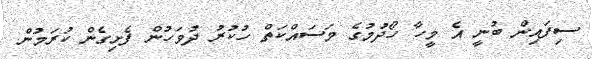
ސިފައިން ބުނީ އެ މީހާ ހޯދުމުގެ މަސައްކަތް ހުކުރު ދުވަހުން ފެށިގެން ކުރަމުން